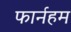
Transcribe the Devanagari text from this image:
फार्नहम